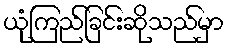
ယုံကြည်ခြင်းဆိုသည်မှာ